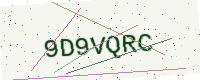
Text: 9D9VQRC